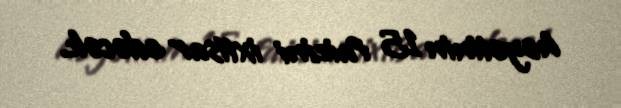
heyətinin 15 faizini ixtisar edəcək.